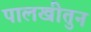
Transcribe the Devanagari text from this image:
पालखीतुन